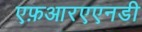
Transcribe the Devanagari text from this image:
एफ़आरएएनडी